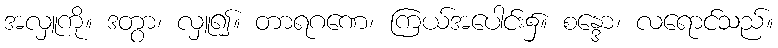
အလှူကို။ ဒတွာ၊ လှူ၍။ တာရဂဏေ၊ ကြယ်အပေါင်း၌။ စန္ဒော၊ လရောင်သည်။